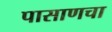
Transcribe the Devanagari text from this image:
पासाणचा